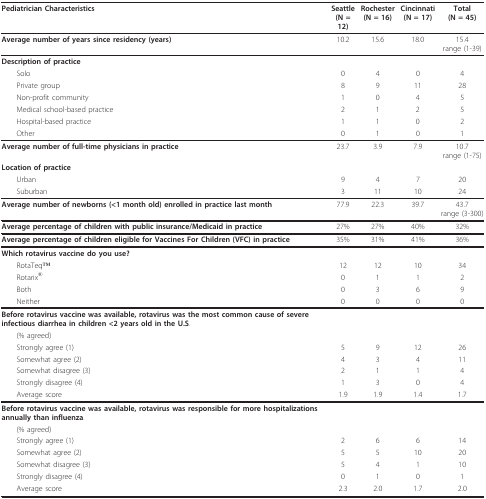
<table><thead><tr><td><b>Pediatrician Characteristics</b></td><td><b>Seattle(N = 12)</b></td><td><b>Rochester(N = 16)</b></td><td><b>Cincinnati(N = 17)</b></td><td><b>Total(N = 45)</b></td></tr></thead><tbody><tr><td><b>Average number of years since residency (years)</b></td><td>10.2</td><td>15.6</td><td>18.0</td><td>15.4range (1-39)</td></tr><tr><td><b>Description of practice</b></td><td></td><td></td><td></td><td></td></tr><tr><td> Solo</td><td>0</td><td>4</td><td>0</td><td>4</td></tr><tr><td> Private group</td><td>8</td><td>9</td><td>11</td><td>28</td></tr><tr><td> Non-profit community</td><td>1</td><td>0</td><td>4</td><td>5</td></tr><tr><td> Medical school-based practice</td><td>2</td><td>1</td><td>2</td><td>5</td></tr><tr><td> Hospital-based practice</td><td>1</td><td>1</td><td>0</td><td>2</td></tr><tr><td> Other</td><td>0</td><td>1</td><td>0</td><td>1</td></tr><tr><td><b>Average number of full-time physicians in practice</b></td><td>23.7</td><td>3.9</td><td>7.9</td><td>10.7range (1-75)</td></tr><tr><td><b>Location of practice</b></td><td></td><td></td><td></td><td></td></tr><tr><td> Urban</td><td>9</td><td>4</td><td>7</td><td>20</td></tr><tr><td> Suburban</td><td>3</td><td>11</td><td>10</td><td>24</td></tr><tr><td><b>Average number of newborns (&lt;1 month old) enrolled in practice last month</b></td><td>77.9</td><td>22.3</td><td>39.7</td><td>43.7range (3-300)</td></tr><tr><td><b>Average percentage of children with public insurance/Medicaid in practice</b></td><td>27%</td><td>27%</td><td>40%</td><td>32%</td></tr><tr><td><b>Average percentage of children eligible for Vaccines For Children (VFC) in practice</b></td><td>35%</td><td>31%</td><td>41%</td><td>36%</td></tr><tr><td><b>Which rotavirus vaccine do you use?</b></td><td></td><td></td><td></td><td></td></tr><tr><td> RotaTeqTM</td><td>12</td><td>12</td><td>10</td><td>34</td></tr><tr><td> Rotarix<sup>®</sup></td><td>0</td><td>1</td><td>1</td><td>2</td></tr><tr><td> Both</td><td>0</td><td>3</td><td>6</td><td>9</td></tr><tr><td> Neither</td><td>0</td><td>0</td><td>0</td><td>0</td></tr><tr><td><b>Before rotavirus vaccine was available, rotavirus was the most common cause of severe infectious diarrhea in children &lt;2 years old in the U.S</b>.</td><td></td><td></td><td></td><td></td></tr><tr><td> (% agreed)</td><td></td><td></td><td></td><td></td></tr><tr><td> Strongly agree (1)</td><td>5</td><td>9</td><td>12</td><td>26</td></tr><tr><td> Somewhat agree (2)</td><td>4</td><td>3</td><td>4</td><td>11</td></tr><tr><td> Somewhat disagree (3)</td><td>2</td><td>1</td><td>1</td><td>4</td></tr><tr><td> Strongly disagree (4)</td><td>1</td><td>3</td><td>0</td><td>4</td></tr><tr><td> Average score</td><td>1.9</td><td>1.9</td><td>1.4</td><td>1.7</td></tr><tr><td><b>Before rotavirus vaccine was available, rotavirus was responsible for more hospitalizations annually than influenza</b>.</td><td></td><td></td><td></td><td></td></tr><tr><td> (% agreed)</td><td></td><td></td><td></td><td></td></tr><tr><td> Strongly agree (1)</td><td>2</td><td>6</td><td>6</td><td>14</td></tr><tr><td> Somewhat agree (2)</td><td>5</td><td>5</td><td>10</td><td>20</td></tr><tr><td> Somewhat disagree (3)</td><td>5</td><td>4</td><td>1</td><td>10</td></tr><tr><td> Strongly disagree (4)</td><td>0</td><td>1</td><td>0</td><td>1</td></tr><tr><td> Average score</td><td>2.3</td><td>2.0</td><td>1.7</td><td>2.0</td></tr></tbody></table>